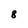
Character: 8